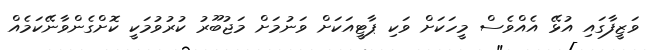
ވަޒީފާގައި އުޅޭ އެއްވެސް މީހަކަށް ވަކި ޕާޓީއަކަށް ވަނުމަށް މަޖުބޫރު ކުރުވުމަކީ ކޮށްގެންވާނޭކަމެއް